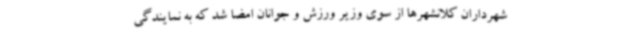
شهرداران کلانشهرها از سوی وزیر ورزش و جوانان امضا شد که به نمایندگی